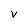
Character: V